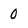
Character: 0